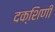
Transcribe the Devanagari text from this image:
दक्शिणी